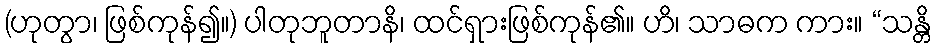
(ဟုတွာ၊ ဖြစ်ကုန်၍။) ပါတုဘူတာနိ၊ ထင်ရှားဖြစ်ကုန်၏။ ဟိ၊ သာဓက ကား။ “သန္တိ